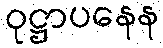
ဝုဋ္ဌာပနေန